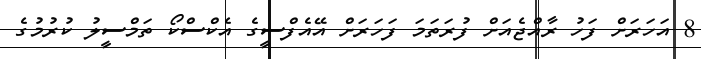
8 އަހަރަށް ފަހު ރާއްޖެއަށް ފުރަތަމަ ފަހަރަށް އޭއެފްސީގެ އެކްސްކޯ ތަމްސީލު ކުރުމުގެ